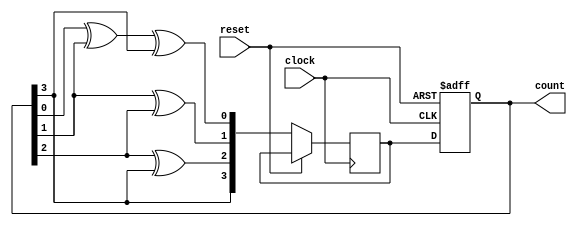
module johnson_gray_counter(
     input clock,
     input reset,
     output reg[3:0] count
);

reg [3:0] next_count;

always @(posedge clock or posedge reset) begin
     if (reset) begin
          count <= 4'b0000;
     end else begin
          next_count[0] <= count[0] ^ count[1] ^ count[3];
          next_count[1] <= count[1] ^ count[2];
          next_count[2] <= count[2] ^ count[3];
          next_count[3] <= count[3];

          count <= next_count;
     end
end

endmodule